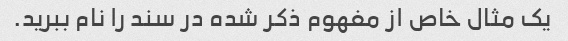
یک مثال خاص از مفهوم ذکر شده در سند را نام ببرید.